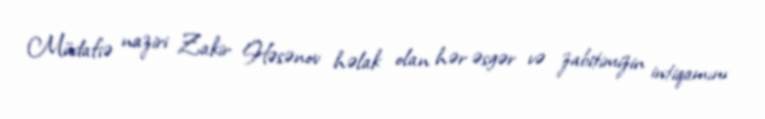
Müdafiə naziri Zakir Həsənov həlak olan hər əsgər və zabitimizin intiqamını